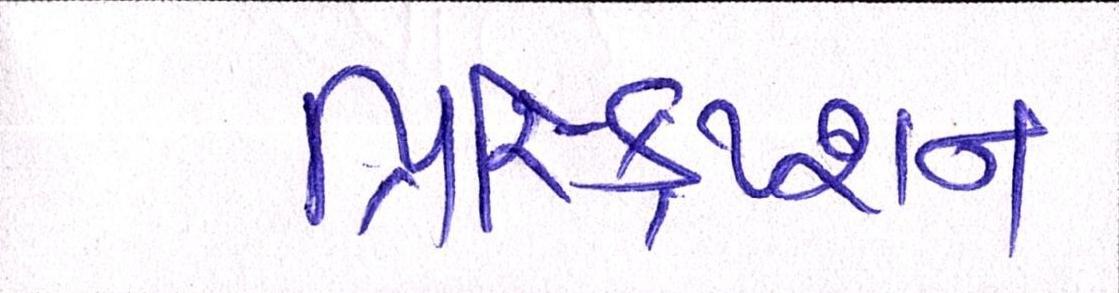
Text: પ્રિસ્ક્રિપ્શન